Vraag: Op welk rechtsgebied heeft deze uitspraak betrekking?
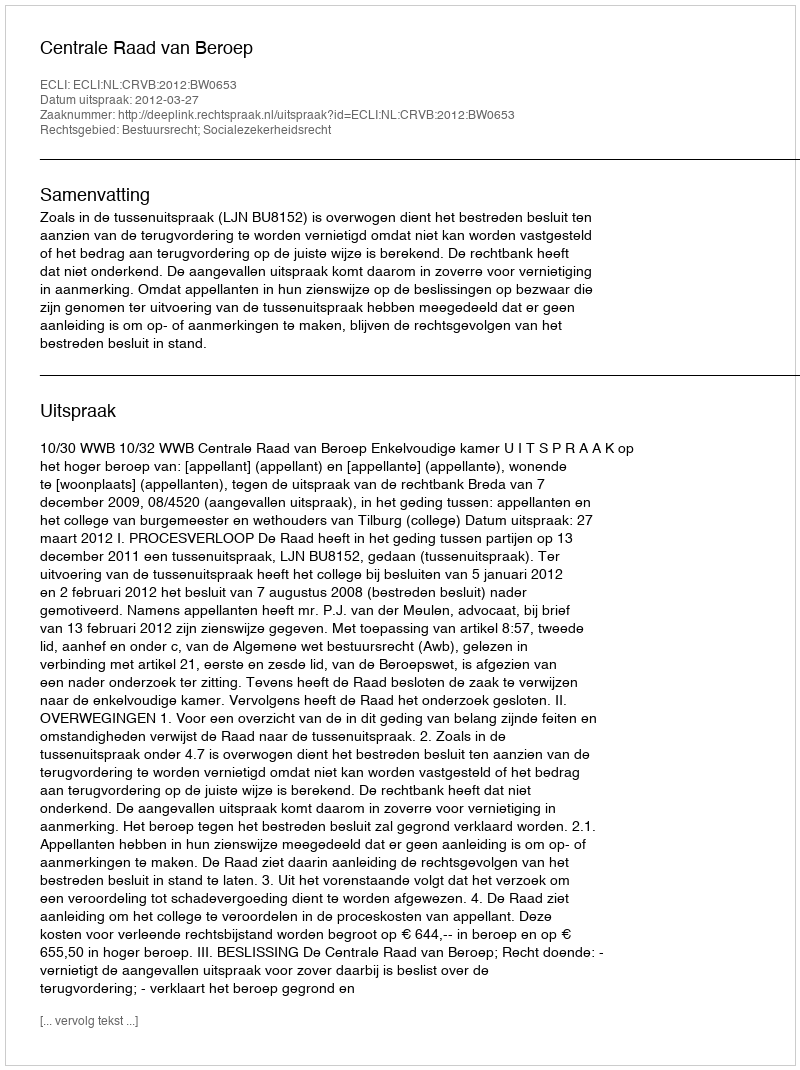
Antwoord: Bestuursrecht; Socialezekerheidsrecht